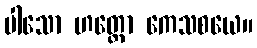
ပါသော ဟတ္ထော ကေသစယေ။